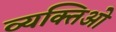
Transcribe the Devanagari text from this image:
व्यक्तिओ